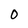
Character: O